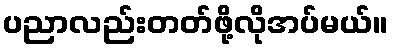
ပညာလည်းတတ်ဖို့လိုအပ်မယ်။